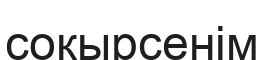
соқырсенім